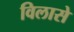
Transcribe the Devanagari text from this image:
विलासे